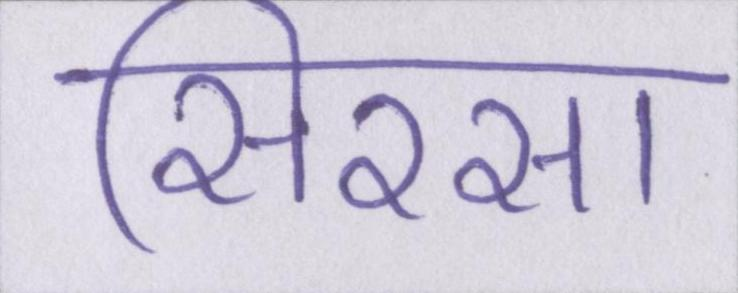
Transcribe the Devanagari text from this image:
सिरसा